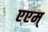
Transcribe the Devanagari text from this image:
एएम्